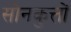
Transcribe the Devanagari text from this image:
सोनकुत्तों